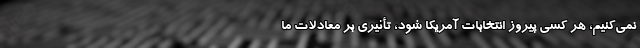
نمی‌کنیم، هر کسی پیروز انتخابات آمریکا شود، تأثیری بر معادلات ما